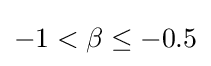
-1<\beta \leq -0.5